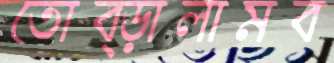
তোব্‌ড়ালামব